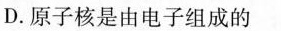
D.原子核是由电子组成的